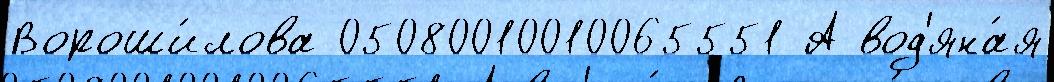
Вороши́лова 05080010010065551 А вод'яна́я